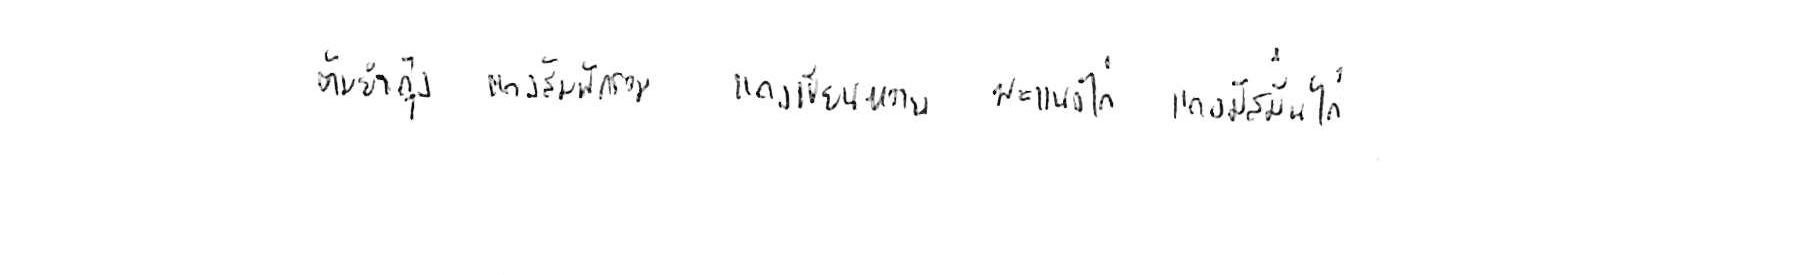
ต้มยำกุ้ง แกงส้มผักรวม แกงเขียวหวาน พะแนงไก่ แกงมัสมั่นไก่